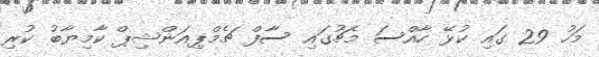
މަހު 29 ގައި ކުޅޭ ހާއްސަ މެޗުގައި ސާފް ޗެމްޕިއަންޝިޕް ކާމިޔާބު ކުރި